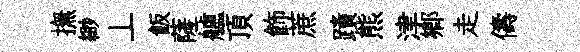
撫緲丄飯薩艫頂飾蔗蹟熊津郷走儔